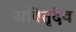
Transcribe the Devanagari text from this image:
सवितृदेव